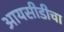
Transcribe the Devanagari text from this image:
आयसीडीचा